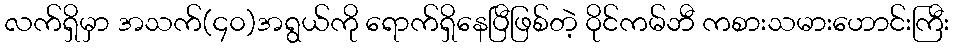
လက်ရှိမှာ အသက်(၄၀)အရွယ်ကို ရောက်ရှိနေပြီဖြစ်တဲ့ ဝိုင်ကမ်ဘီ ကစားသမားဟောင်းကြီး